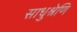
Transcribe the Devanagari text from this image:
साधुश्रेणि